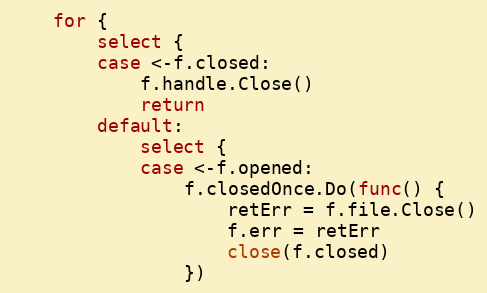
Language: Go
	for {
		select {
		case <-f.closed:
			f.handle.Close()
			return
		default:
			select {
			case <-f.opened:
				f.closedOnce.Do(func() {
					retErr = f.file.Close()
					f.err = retErr
					close(f.closed)
				})